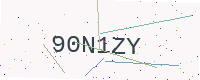
Text: 90N1ZY